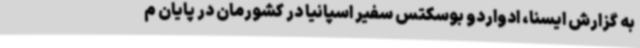
به گزارش ایسنا، ادواردو بوسکتس سفیر اسپانیا در کشورمان در پایان م